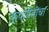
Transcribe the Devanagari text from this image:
कवयित्रींचा